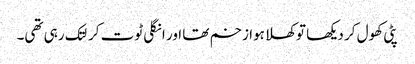
پٹی کھول کر دیکھا تو کھلا ہوا زخم تھا اور انگلی ٹوت کر لتک رہی تھی۔